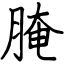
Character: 腌